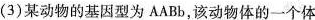
(3)某动物的基因型为AABb，该动物体的一个体